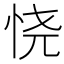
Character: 𢙒